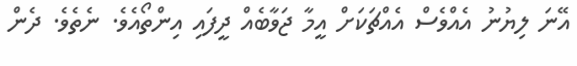
އޭނަ ލިޔުނު އެއްވެސް އެއްޗަކަށް އީމާ ޖަވާބެއް ދީފައި އިންތޯއެވެ. ނެތެވެ. ދެން